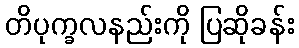
တိပုက္ခလနည်းကို ပြဆိုခန်း